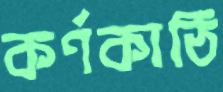
কর্ণকাঠি